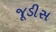
જૂડીસ